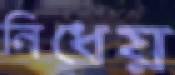
নিধেয়